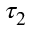
\tau _ { 2 }